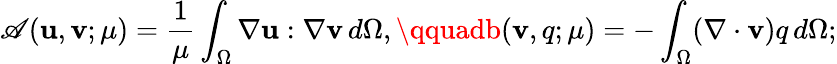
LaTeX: \mathscr{A}(\textbf{{u}},\textbf{{v}};\mu)=\frac{{1}}{{\mu}}\int_{\Omega}\nabla\textbf{{u}}:\nabla\textbf{{v}}\, d\Omega,\qquadb(\textbf{{v}},q;\mu)=-\int_{\Omega}(\nabla\cdot\textbf{{v}})q\, d\Omega;